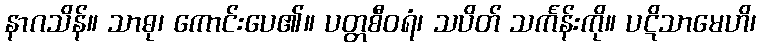
နာဂသိန်။ သာဓု၊ ကောင်းပေ၏။ ပတ္တစီဝရံ၊ သပိတ် သင်္ကန်းကို။ ပဋိသာမေဟိ၊